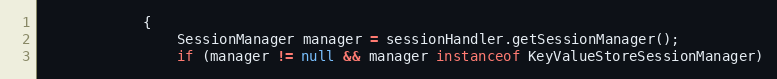
Language: Java
            {
                SessionManager manager = sessionHandler.getSessionManager();
                if (manager != null && manager instanceof KeyValueStoreSessionManager)